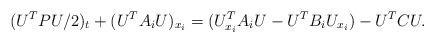
LaTeX: \begin{align*} (U^T P U/2)_t + (U^T A_i U)_{x_i} = (U_{x_i}^T A_i U - U^T B_i U_{x_i}) - U^T C U.\end{align*}